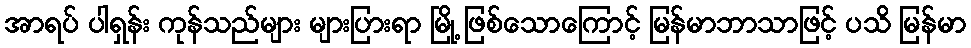
အာရပ် ပါရှန်း ကုန်သည်များ များပြားရာ မြို့ ဖြစ်သောကြောင့် မြန်မာဘာသာဖြင့် ပသိ မြန်မာ